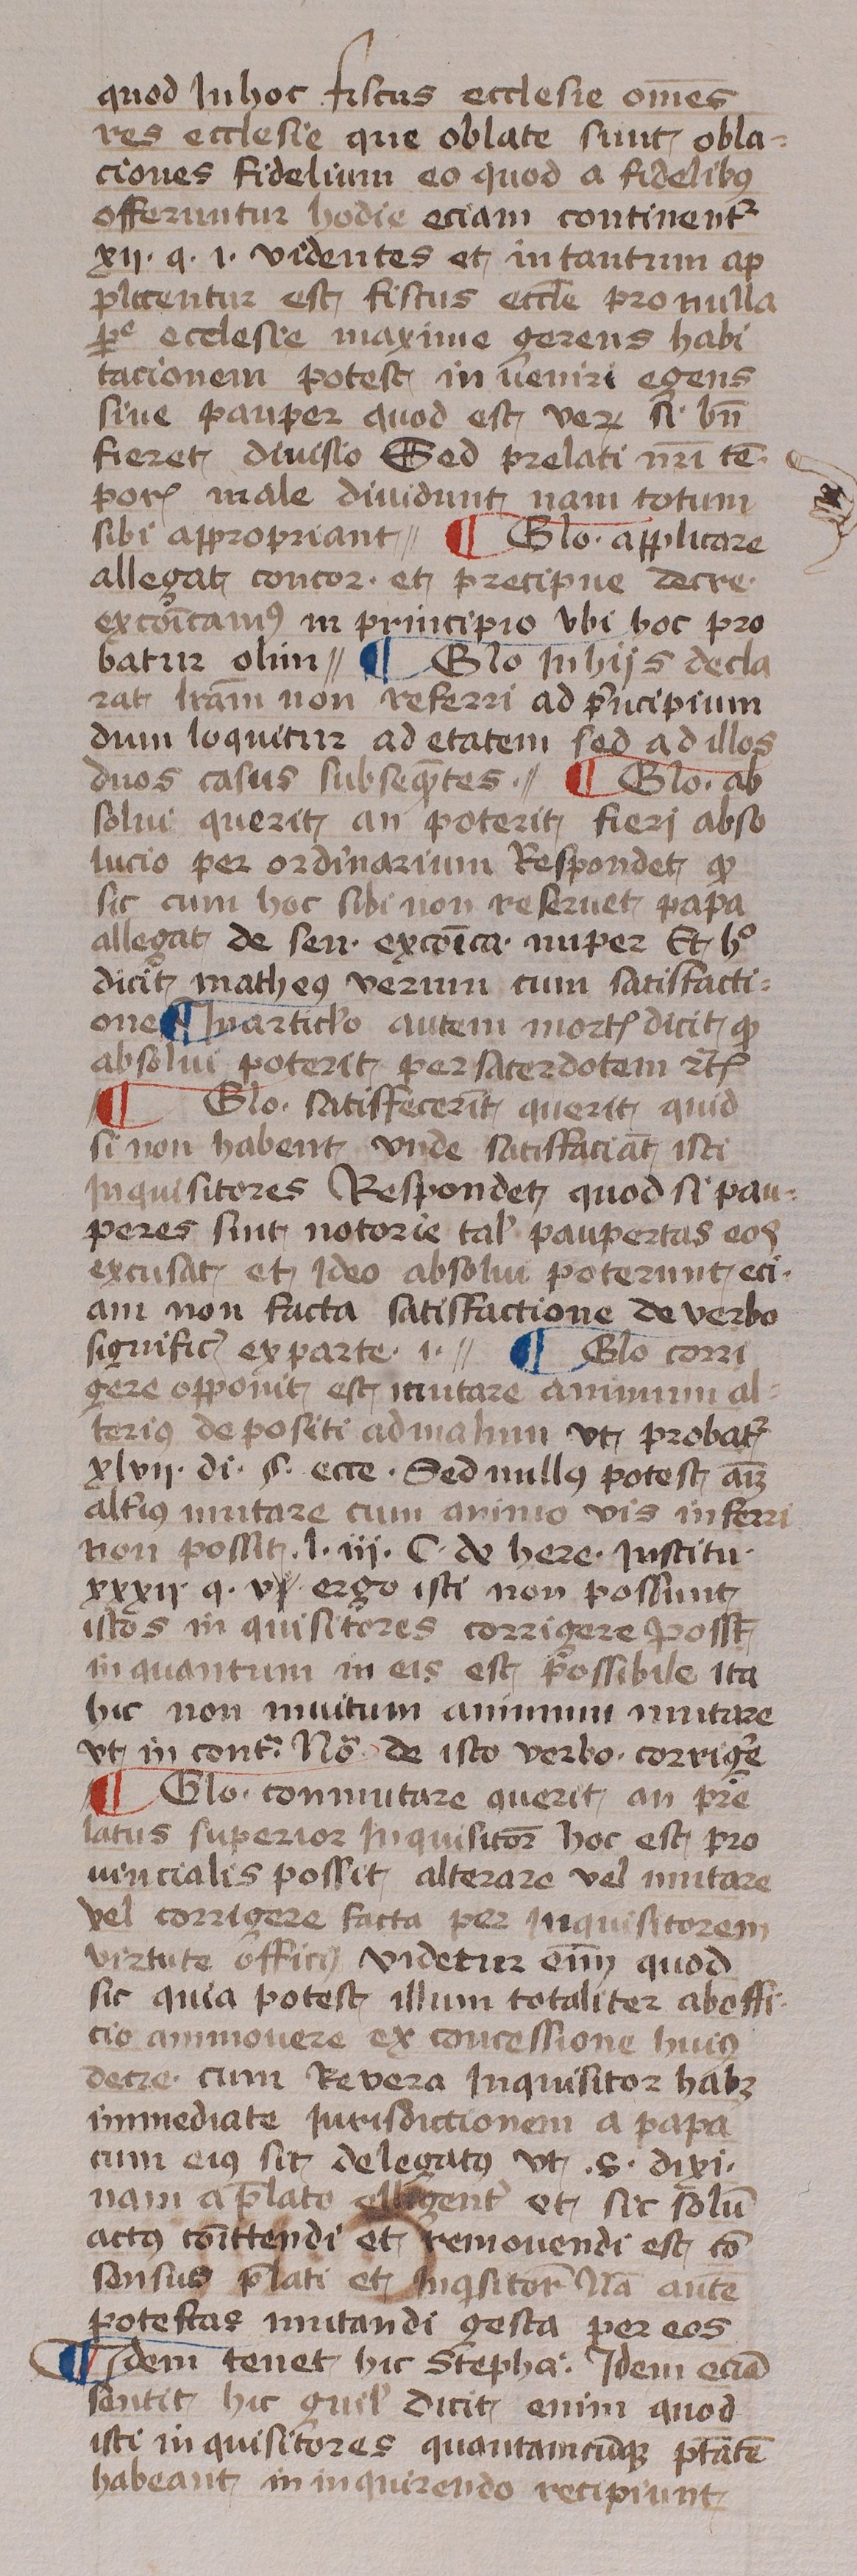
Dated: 1433–1465